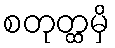
စတုတ္ထမှိ